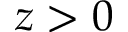
z > 0